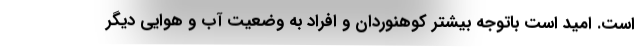
است. امید است باتوجه بیشتر کوهنوردان و افراد به وضعیت آب و هوایی دیگر